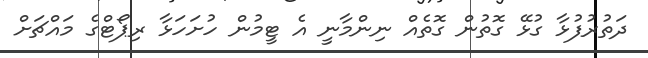
ދަތުރުފުޅާ ގުޅޭ ގޮތުން ގޮތެއް ނިންމާނީ އެ ޓީމުން ހުށަހަޅާ ރިޕޯޓްގެ މައްޗަށް